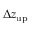
\Delta z _ { \mathrm { u p } }